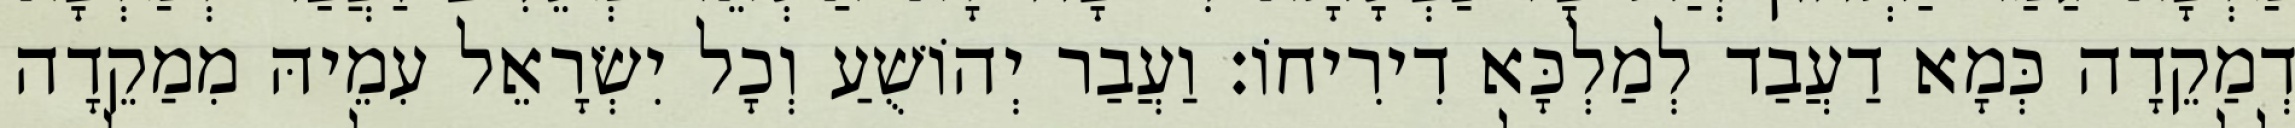
דְמַקֵדָה כְּמָא דַעֲבַד לְמַלְכָּא דִירִיחוֹ׃ וַעֲבַר יְהוֹשֻׁעַ וְכָל יִשְׂרָאֵל עִמֵיהּ מִמַקֵדָה